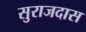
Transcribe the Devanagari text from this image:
सुराजदास